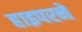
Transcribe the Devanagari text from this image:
हाइपरने